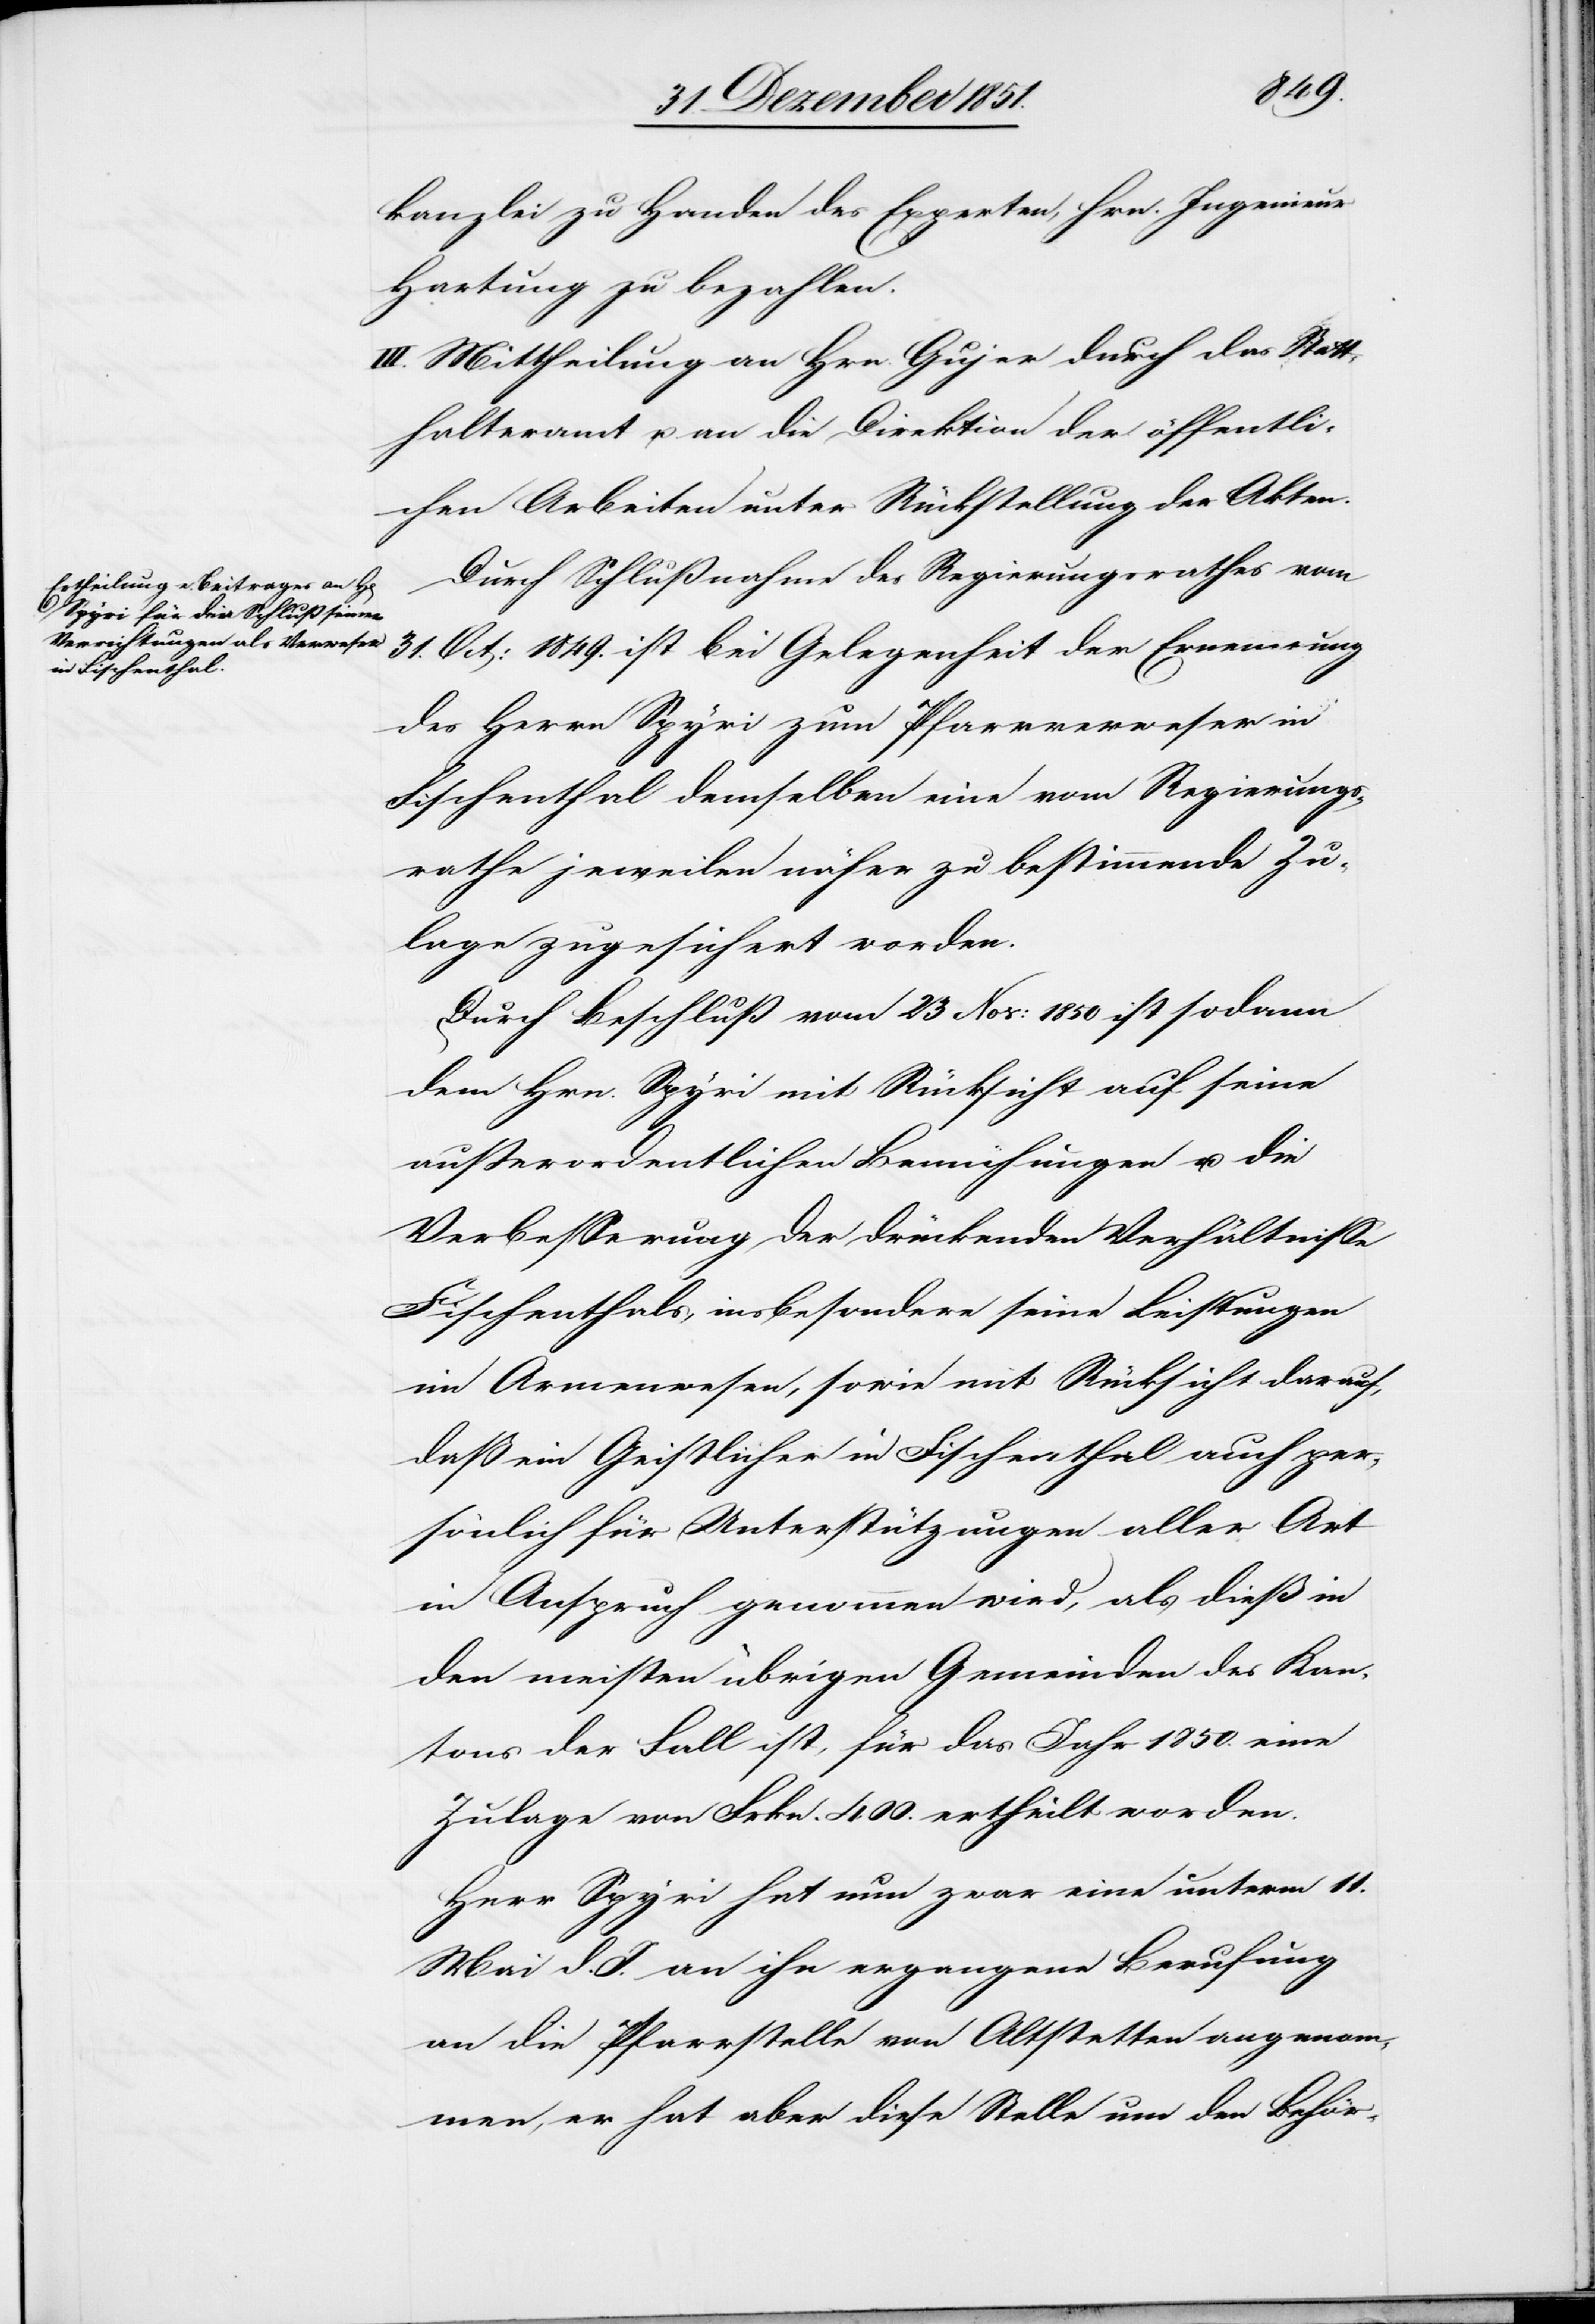
kanzlei zu Handen des Experten, Hrn. Ingenieur
Hartung zu bezahlen.
III. Mittheilung an Hrn. Gujer durch das Statt¬
halteramt u. an die Direktion der öffentli¬
chen Arbeiten unter Rückstellung der Akten.
Durch Schlußnahme des Regierungsrathes vom
31. Oct: 1849. ist bei Gelegenheit der Ernennung
des Herrn Spyri zum Pfarrverweser in
Fischenthal demselben eine vom Regierungs¬
rathe jeweilen näher zu bestimmende Zu¬
lage zugesichert worden.
Durch Beschluß vom 23 Nov: 1850 ist sodann
dem Hrn. Spyri mit Rücksicht auf seine
außerordentlichen Bemühungen u. die
Verbesserung der drückenden Verhältnisse
Fischenthals, insbesondere seine Leistungen
im Armenwesen, sowie mit Rücksicht darauf,
daß ein Geistlicher in Fischenthal auch per¬
sönlich für Unterstützungen aller Art
in Anspruch genommen wird, als dieß in
den meisten übrigen Gemeinden des Kan¬
tons der Fall ist, für das Jahr 1850. eine
Zulage von Frkn. 400. ertheilt worden.
Herr Spyri hat nun zwar eine unterm 11.
Mai d. J. an ihn ergangene Berufung
an die Pfarrstelle von Altstetten angenom¬
men, er hat aber diese Stelle um den Behör-